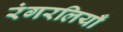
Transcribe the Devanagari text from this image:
रंगरलियाँ